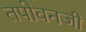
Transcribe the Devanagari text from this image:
तपोवनजी